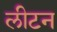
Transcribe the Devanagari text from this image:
लीटन